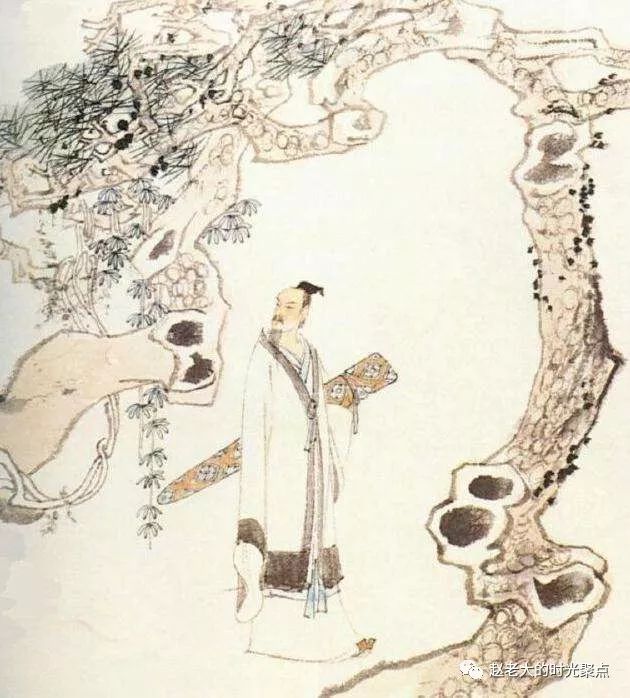
不才明主弃，多病故人疏。